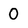
Character: 0